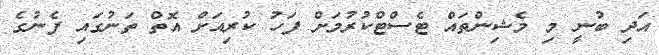
އަދި ބުނީ މި މެޝިންތައް ޓެސްޓްކުރުމަށް ފަހު ކުރިއަށް އޮތް ތަނުގައި ފެނުގެ